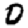
Digit: 0